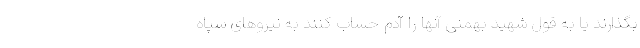
بگذارند یا به قول شهید بهمنی آنها را آدم حساب کنند به نیروهای سپاه